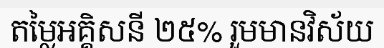
តម្លៃអគ្គិសនី ២៥% រួមមានវិស័យ